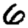
Digit: 6